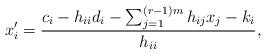
LaTeX: \begin{align*}x'_{i} = \frac{c_{i} -h_{ii}d_i-\sum_{j=1}^{(r-1)m} h_{ij} x_{j}-k_{i}}{h_{ii}},\end{align*}